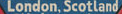
London,Scotland